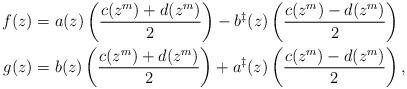
LaTeX: \begin{align*}f(z) & = a(z) \left(\frac{c(z^m) + d(z^m)}{2}\right) - b^\ddag(z) \left(\frac{c(z^m) - d(z^m)}{2}\right) \\g(z) & = b(z) \left(\frac{c(z^m) + d(z^m)}{2}\right) + a^\ddag(z) \left(\frac{c(z^m) - d(z^m)}{2}\right),\end{align*}